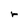
Character: r